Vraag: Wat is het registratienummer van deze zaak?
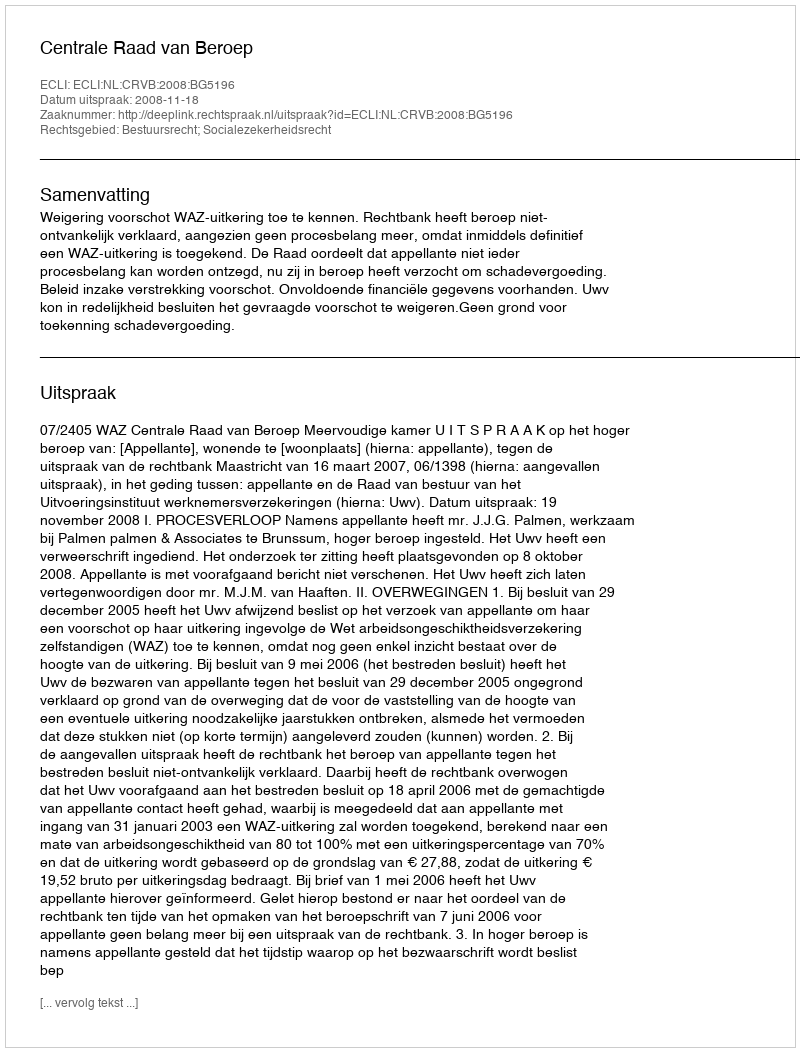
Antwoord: http://deeplink.rechtspraak.nl/uitspraak?id=ECLI:NL:CRVB:2008:BG5196